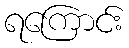
ရကြောင်း